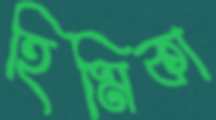
হিমিকা